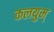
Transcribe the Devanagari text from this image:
कलयुम्